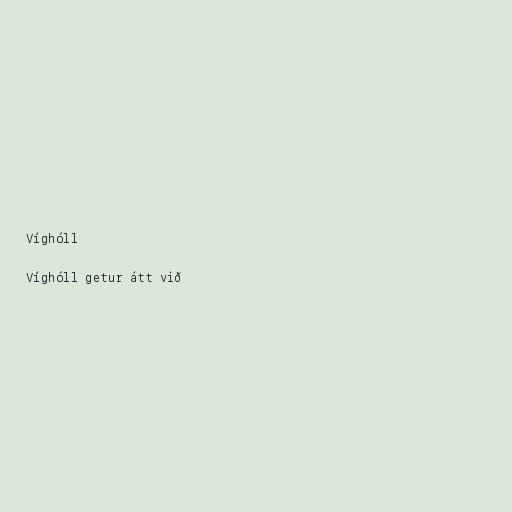
Víghóll

Víghóll getur átt við